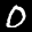
Label: 0